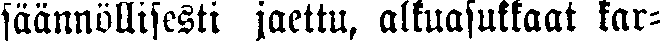
säännöllisesti jaettu, alkuasukkaat kar-